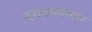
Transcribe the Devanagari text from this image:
दगडकामात